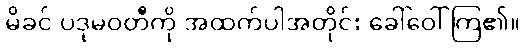
မိခင် ပဒုမဝတီကို အထက်ပါအတိုင်း ခေါ်ဝေါ်ကြ၏။